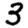
Digit: 3